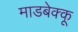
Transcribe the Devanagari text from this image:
माडबेक्कू